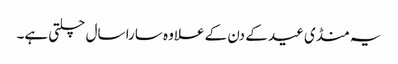
یہ منڈی عید کے دن کے علاوہ سارا سال چلتی ہے۔